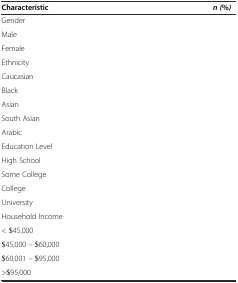
<table><thead><tr><td><b>Characteristic</b></td><td><b><i>n (</i>%<i>)</i></b></td></tr></thead><tbody><tr><td>Gender</td><td>[EMPTY_CELL]</td></tr><tr><td>Male</td><td>[EMPTY_CELL]</td></tr><tr><td>Female</td><td>[EMPTY_CELL]</td></tr><tr><td>Ethnicity</td><td>[EMPTY_CELL]</td></tr><tr><td>Caucasian</td><td>[EMPTY_CELL]</td></tr><tr><td>Black</td><td>[EMPTY_CELL]</td></tr><tr><td>Asian</td><td>[EMPTY_CELL]</td></tr><tr><td>South Asian</td><td>[EMPTY_CELL]</td></tr><tr><td>Arabic</td><td>[EMPTY_CELL]</td></tr><tr><td>Education Level</td><td>[EMPTY_CELL]</td></tr><tr><td>High School</td><td>[EMPTY_CELL]</td></tr><tr><td>Some College</td><td>[EMPTY_CELL]</td></tr><tr><td>College</td><td>[EMPTY_CELL]</td></tr><tr><td>University</td><td>[EMPTY_CELL]</td></tr><tr><td>Household Income</td><td>[EMPTY_CELL]</td></tr><tr><td>&lt; $45,000</td><td>[EMPTY_CELL]</td></tr><tr><td>$45,000 – $60,000</td><td>[EMPTY_CELL]</td></tr><tr><td>$60,001 – $95,000</td><td>[EMPTY_CELL]</td></tr><tr><td>&gt;$95,000</td><td>[EMPTY_CELL]</td></tr></tbody></table>